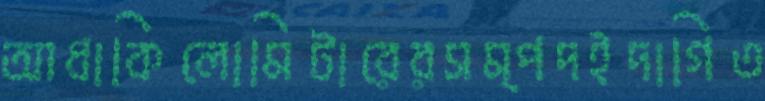
আধাকিলোমিটারেরসম্পদইদাগিত